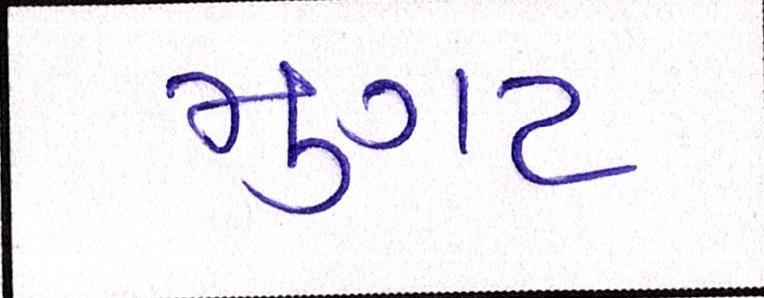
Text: મુગટ